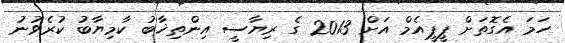
ހަމަ އެގޮތަށް ޕީޕީއެމް އަށް 2013 ގެ ރިޔާސީ އިންތިޚާބު ކާމިޔާބު ކުރެވުނު